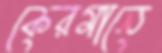
কেরমানে